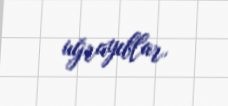
uğrayıblar.